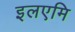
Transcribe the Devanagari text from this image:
इलएमि